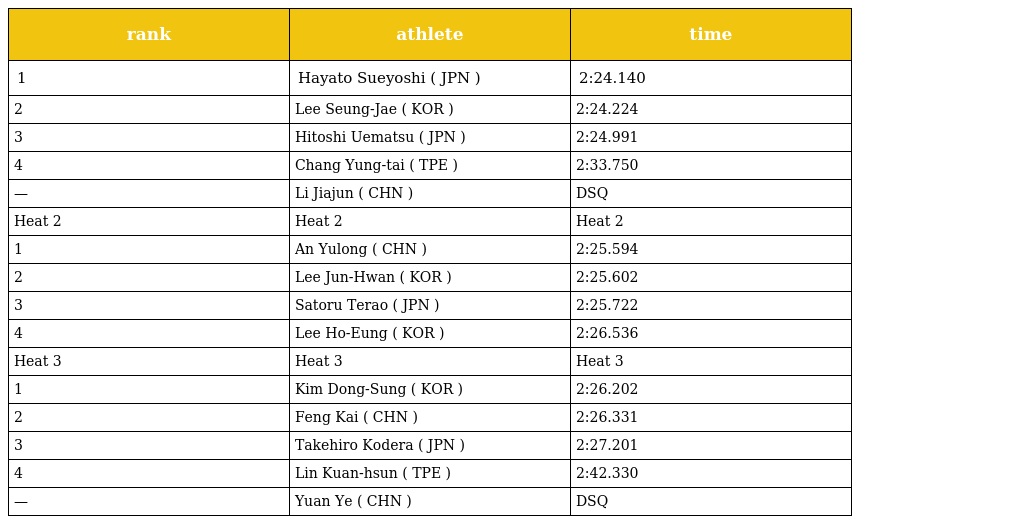
| rank | athlete | time |
 | --- | --- | --- |
 | 1 | Hayato Sueyoshi ( JPN ) | 2:24.140 |
 | 2 | Lee Seung-Jae ( KOR ) | 2:24.224 |
 | 3 | Hitoshi Uematsu ( JPN ) | 2:24.991 |
 | 4 | Chang Yung-tai ( TPE ) | 2:33.750 |
 | — | Li Jiajun ( CHN ) | DSQ |
 | Heat 2 | Heat 2 | Heat 2 |
 | 1 | An Yulong ( CHN ) | 2:25.594 |
 | 2 | Lee Jun-Hwan ( KOR ) | 2:25.602 |
 | 3 | Satoru Terao ( JPN ) | 2:25.722 |
 | 4 | Lee Ho-Eung ( KOR ) | 2:26.536 |
 | Heat 3 | Heat 3 | Heat 3 |
 | 1 | Kim Dong-Sung ( KOR ) | 2:26.202 |
 | 2 | Feng Kai ( CHN ) | 2:26.331 |
 | 3 | Takehiro Kodera ( JPN ) | 2:27.201 |
 | 4 | Lin Kuan-hsun ( TPE ) | 2:42.330 |
 | — | Yuan Ye ( CHN ) | DSQ |